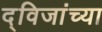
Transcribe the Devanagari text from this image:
द्विजांच्या